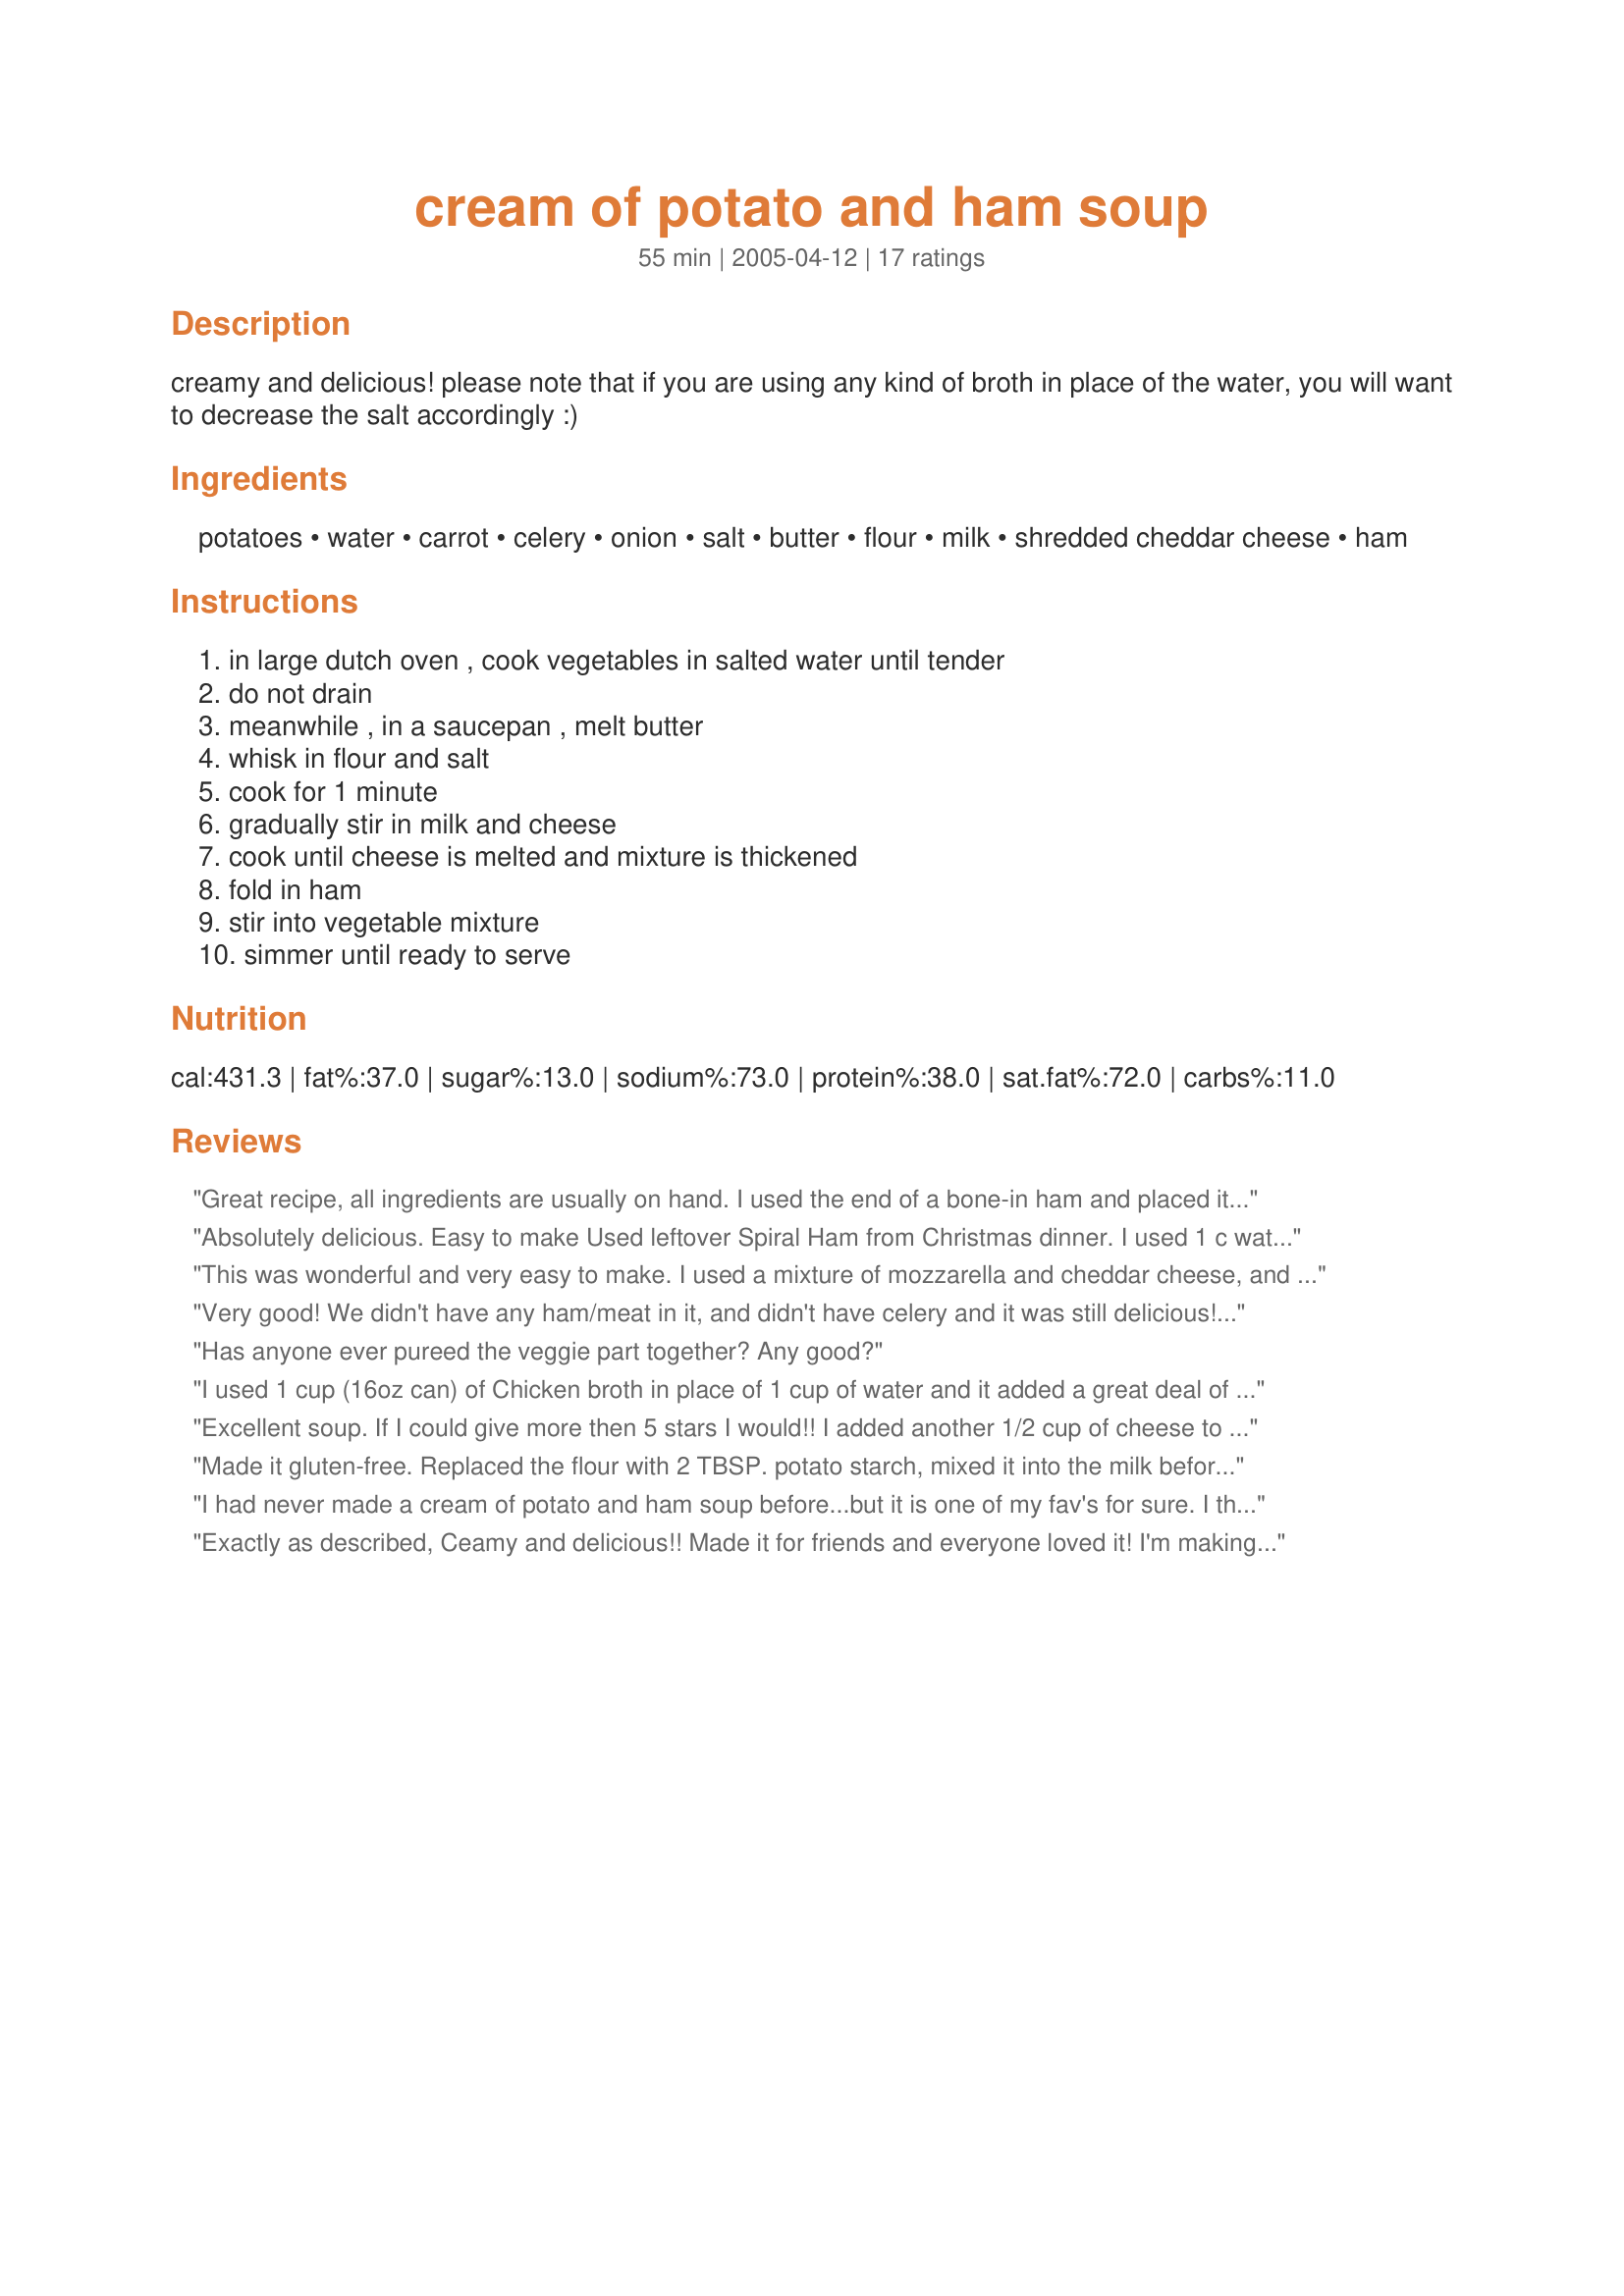
cream of potato and ham soup
Preparation time: 55 minutes

creamy and delicious! please note that if you are using any kind of broth in place of the water, you will want to decrease the salt accordingly :)

Ingredients:
potatoes, water, carrot, celery, onion, salt, butter, flour, milk, shredded cheddar cheese, ham

Steps:
in large dutch oven , cook vegetables in salted water until tender, do not drain, meanwhile , in a saucepan , melt butter, whisk in flour and salt, cook for 1 minute, gradually stir in milk and cheese, cook until cheese is melted and mixture is thickened, fold in ham, stir into vegetable mixture, simmer until ready to serve

Reviews:
Great recipe, all ingredients are usually on hand. I used the end of a bone-in ham and placed it in a crockpot with a cup and a half of water for about 6 hours to make the meat fall off of the bone and get a good stock. Used a fat separator to lean out the broth and added water to get four cups. The "homemade" broth made this absolutely fantastic, was gone in one day. Will do this again with the "ends" of bone-in hams.
Absolutely delicious. Easy to make Used leftover Spiral Ham from Christmas dinner. I used 1 c water, 1 can chicken broth and 1/4 c beer. Was a tad salty so next time I will omit thr tsp salt. However, it was as I say an excellent recipe.Thank you for sharing and this definetly is a keeper. Happy New Year!
This was wonderful and very easy to make. I used a mixture of mozzarella and cheddar cheese, and didn't have any celery on hand, but the soup was delicious anyway!
Very good! We didn't have any ham/meat in it, and didn't have celery and it was still delicious! Thanks!
Has anyone ever pureed the veggie part together? Any good?
I used 1 cup (16oz can) of Chicken broth in place of 1 cup of water and it added a great deal of flavor. I didn't use onion either. It had great flavor and was easy to make. My mom asked me to send her the recipe. :)
Excellent soup. If I could give more then 5 stars I would!! I added another 1/2 cup of cheese to the soup.
Made it gluten-free. Replaced the flour with 2 TBSP. potato starch, mixed it into the milk before pouring it into the butter. Used 4 cups of ham broth that I made out of left over spiral ham we had for Easter. Everything else was the same. Delicious! Definitely a keeper!
I had never made a cream of potato and ham soup before...but it is one of my fav's for sure. I thought it was way harder and more time consuming to make. This recipe is for sure the best homemade version I have ever tasted and my family agrees. I followed the recipe...but I made a tripple batch to share with other family members. I reduced the salt to 1/3 (ish), added some pepper, a little extra cheddar cheese, and to top it off, added some softly fried bacon as well as the ham. Finally, to make it even more delicious and rich, I used half and half milk for half of the milk content. MMMMMMMM.....it is simply to die for. I will be using this recipe often. I hope you enjoy it as well. %u2665
Exactly as described, Ceamy and delicious!! Made it for friends and everyone loved it! I'm making it for the third time tonight and can't wait until dinner time!
This is one of my favorite soups, have been making for over a year and realized I should rate it. The first time I made this, I thought it needed something extra, so I added 1/8 tsp garlic powder and 1/2 tsp of pepper, which really set it off, almost like scalloped potatoes. I also add 2 tsp chicken boullion to the 4 c water, since I don't have ham broth. Everyone who has this loves it!!!!
This was a very good soup. I used half ham broth. I also used frozen prepackaged diced potatoes and onions to cut down on the prep time.
This is a great recipe to use up leftovers from Christmas and Easter. I put onions, garlic and carrots in with ham bone and water..boiled to make broth. I made double batch, so measured out 8 cups of broth, threw in my garlic mashed potatoes that were left over, and made up the difference with cubed potatoes. Since I used ham broth, didn't put in any salt. I did use the garlic powder and pepper suggested...VERY GOOD. Served with leftover rolls... What a way to clean out the frig.
This soup was fantastic! I had everything handy to make it. It was simple to make and very delicious. I used half water and half chiken broth.
Excellent soup. I followed the directions, adding another cup of cheese, and it turned out great. Thank you.
Very nice and satisfying soup! I made it as directed except I didnt have any celery..so used a 1/2 tsp of celery seed. This is a keeper! Thanks, CrystalB !
Yum!! I added a bottle of beer (don't tell!) and probably decreased the veggies a bit (didn't measure) to make it a little thinner, but the taste was awesome! The girls couldn't get enough.
